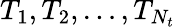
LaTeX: T_{1},T_{2},\dots,T_{N_{t}}